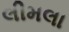
લીમલા